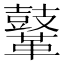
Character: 𪔨